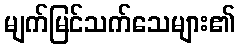
မျက်မြင်သက်သေများ၏